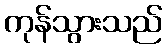
ကုန်သွားသည်